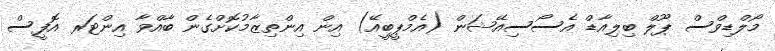
މޯލްޑިވްސް ޕޫލް ބިލިއާޑް އެސޯސިއޭޝަން (އެމްޕީބީއޭ) އިން އިންތިޒާމުކޮށްގެން ބާއްވާ އިންޓަރ އޮފީސް